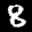
Label: 8